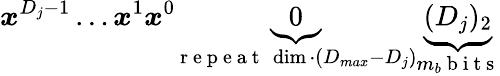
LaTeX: \boldsymbol{x}^{D_{j}-1}\ldots\boldsymbol{x}^{1}\boldsymbol{x}^{0}\underbrace{0}_{\mathrm{~r~e~p~e~a~t~}\ \dim\cdot(D_{max}-D_{j})}\underbrace{(D_{j})_{2}}_{m_{b}\mathrm{~b~i~t~s~}}